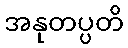
အနုတပ္ပတိ